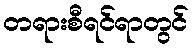
တရားစီရင်ရာတွင်